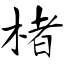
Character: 楮